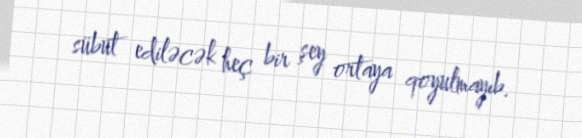
sübut ediləcək heç bir şey ortaya qoyulmayıb.